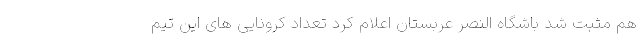
هم مثبت شد باشگاه النصر عربستان اعلام کرد تعداد کرونایی های این تیم